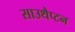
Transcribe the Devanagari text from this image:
साउथैप्टन